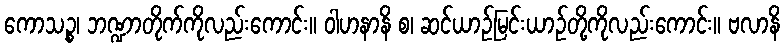
ကောသဉ္စ၊ ဘဏ္ဍာတိုက်ကိုလည်းကောင်း။ ဝါဟနာနိ စ၊ ဆင်ယာဉ်မြင်းယာဉ်တို့ကိုလည်းကောင်း။ ဗလာနိ